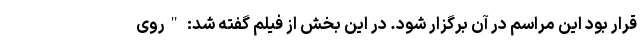
قرار بود این مراسم در آن برگزار شود. در این بخش از فیلم گفته شد: "روی